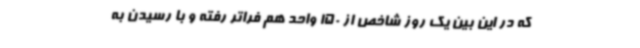
که در این بین یک روز شاخص از 150 واحد هم فراتر رفته و با رسیدن به